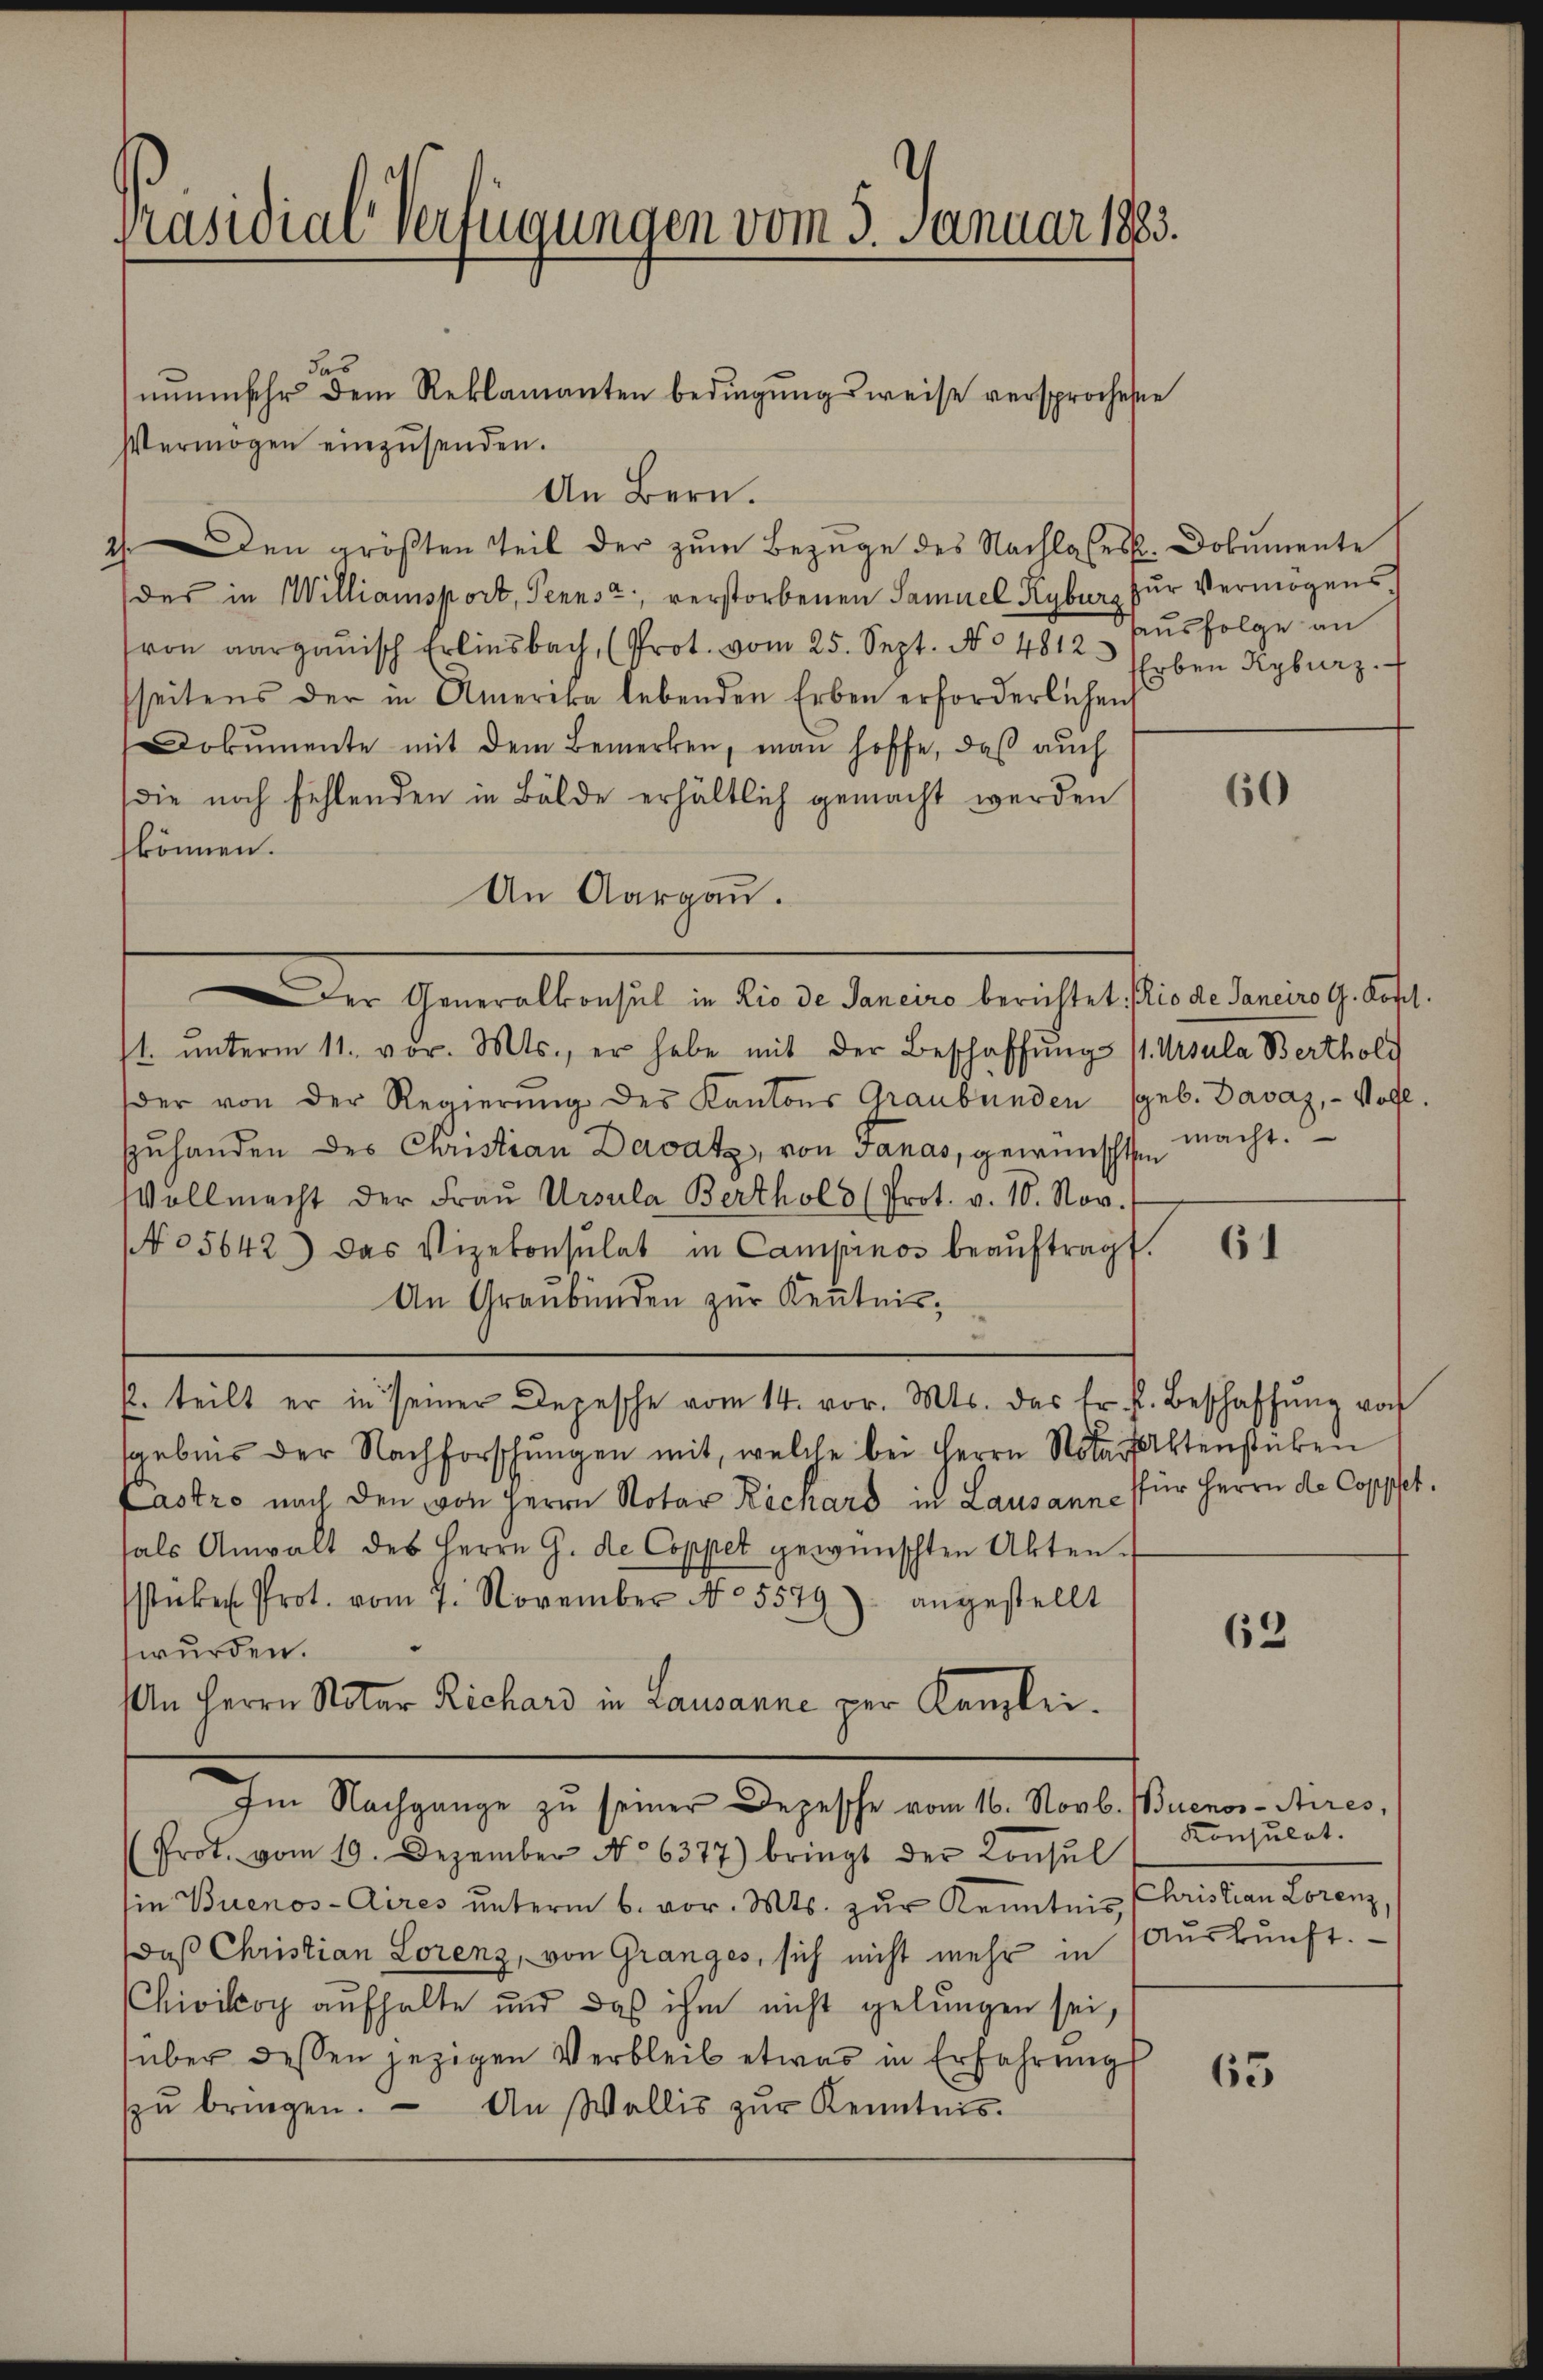
Präsidial-Verfügungen vom 3. Januar 1883.

das
Vermögen einzŭsenden.
An Bern.
2). Den größten Teil der zum Bezuge des Nachlasses. Dokumente
(des in Williansport, Pennst, verstorbenen Samuel Kyburg zur Vermögens,
von aargauisch Erlinsbach, (Prot. vom 25. Sept. No 4812 Erben Kyburz.
fseitens der in Amerika lebenden Erben erforderlichen
Dokumente mit dem Bemerken, man hoffe, daβ aŭch
die noch fehlenden in Bälde erhältlich gemacht werden
können.
An Aargau.
Der Generalkonsul in Lio de Saneiro berichtet. io de Janeiro G. Kopf.
11. ŭnterm 11. vor. Mts., er habe mit der Beschaffŭng 11. Ursula Bertholi
der von der Regierŭng des Kantons Graubünden (geb. Davaz, - Vollzuhanden des Christian Davatz, von Janas, gewünschte macht.
VVollmacht der Fraŭ Ursula Berthold (Prot. v. 10. Nov.
05642) Das Vizekonsulat in Campinos beaŭftragt.
An Graubünden zur Kenntnis,
. teilt er in seiner Depesche vom 14. vor. Mts. das fr. f. Beschaffŭng von
4
sgebnis der Nachforschungen mit, welche bei Herrn Notar Aktenstücken
Castro nach den von Herrn Notar Rechars in Lausann (für Herrn de Coppfetfals Anwalt des Herrn G. de Coppet gewünschten Akten.
stŭbe Prot. vom 7. November N05549): angestellt
wurden.
An Herrn Notar Richard in Lausanne per Kanzlei.
Im Nachgange zu seiner Depesche vom 16. Novb.
(Prot. vom 19. Dezember No 6377) bringt der Consul
sin Buenos-Aires unterm 6. vor. Mts. zur Kenntnis Christian Lorenz,
daß Christian Lorenz, von Granges, sich nicht mehr in Auskunft.
CChivikoy aufhalte und daß ihm nicht gelungen sei,
über dessen jezigen Verbleib etwas in Erfahrung
65
zŭ bringen. An Wallis zŭr Kenntnis.

nuumsehr dem Reklamanten bedingungsweise versprochene

ausfolge an

60

62

Buenos-Aires,
Konsulat.